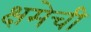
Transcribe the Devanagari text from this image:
क्षमेची